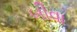
બીવા